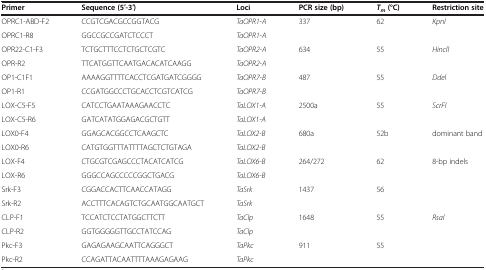
<table><thead><tr><td><b>Primer</b></td><td><b>Sequence (5′-3′)</b></td><td><b>Loci</b></td><td><b>PCR size (bp)</b></td><td><b><i>T</i><sub><i>m </i></sub>(°C)</b></td><td><b>Restriction site</b></td></tr></thead><tbody><tr><td>OPRC1-ABD-F2</td><td>CCGTCGACGCCGGTACG</td><td><i>TaOPR1-A</i></td><td>337</td><td>62</td><td><i>Kpnl</i></td></tr><tr><td>OPRC1-R8</td><td>GGCCGCCGATCTCCCT</td><td><i>TaOPR1-A</i></td><td> </td><td> </td><td> </td></tr><tr><td>OPR22-C1-F3</td><td>TCTGCTTTCCTCTGCTCGTC</td><td><i>TaOPR2-A</i></td><td>634</td><td>55</td><td><i>Hincll</i></td></tr><tr><td>OPR-R2</td><td>TTCATGGTTCAATGACACATCAAGG</td><td><i>TaOPR2-A</i></td><td> </td><td> </td><td> </td></tr><tr><td>OP1-C1F1</td><td>AAAAGGTTTTCACCTCGATGATCGGGG</td><td><i>TaOPR7-B</i></td><td>487</td><td>55</td><td><i>Ddel</i></td></tr><tr><td>OP1-R1</td><td>CCGATGGCCCTGCACCTCGTCATCG</td><td><i>TaOPR7-B</i></td><td> </td><td> </td><td> </td></tr><tr><td>LOX-C5-F5</td><td>CATCCTGAATAAAGAACCTC</td><td><i>TaLOX1-A</i></td><td>2500a</td><td>55</td><td><i>ScrFl</i></td></tr><tr><td>LOX-C5-R6</td><td>GATCATATGGAGACGCTGTT</td><td><i>TaLOX1-A</i></td><td> </td><td> </td><td> </td></tr><tr><td>LOX0-F4</td><td>GGAGCACGGCCTCAAGCTC</td><td><i>TaLOX2-B</i></td><td>680a</td><td>52b</td><td>dominant band</td></tr><tr><td>LOX0-R6</td><td>CATGTGGTTTATTTTAGCTCTGTAGA</td><td><i>TaLOX2-B</i></td><td> </td><td> </td><td> </td></tr><tr><td>LOX-F4</td><td>CTGCGTCGAGCCCTACATCATCG</td><td><i>TaLOX6-B</i></td><td>264/272</td><td>62</td><td>8-bp indels</td></tr><tr><td>LOX-R6</td><td>GGGCCAGCCCCCGGCTGACG</td><td><i>TaLOX6-B</i></td><td> </td><td> </td><td> </td></tr><tr><td>Srk-F3</td><td>CGGACCACTTCAACCATAGG</td><td><i>TaSrk</i></td><td>1437</td><td>56</td><td> </td></tr><tr><td>Srk-R2</td><td>ACCTTTCACAGTCTGCAATGGCAATGCT</td><td><i>TaSrk</i></td><td> </td><td> </td><td> </td></tr><tr><td>CLP-F1</td><td>TCCATCTCCTATGGCTTCTT</td><td><i>TaClp</i></td><td>1648</td><td>55</td><td><i>Rsal</i></td></tr><tr><td>CLP-R2</td><td>GGTGGGGGTTGCCTATCCAG</td><td><i>TaClp</i></td><td> </td><td> </td><td> </td></tr><tr><td>Pkc-F3</td><td>GAGAGAAGCAATTCAGGGCT</td><td><i>TaPkc</i></td><td>911</td><td>55</td><td> </td></tr><tr><td>Pkc-R2</td><td>CCAGATTACAATTTTAAAGAGAAG</td><td><i>TaPkc</i></td><td> </td><td> </td><td> </td></tr></tbody></table>